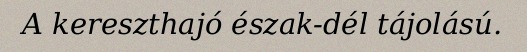
A kereszthajó észak-dél tájolású.